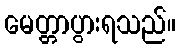
မေတ္တာပွားရသည်။